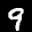
Label: 9